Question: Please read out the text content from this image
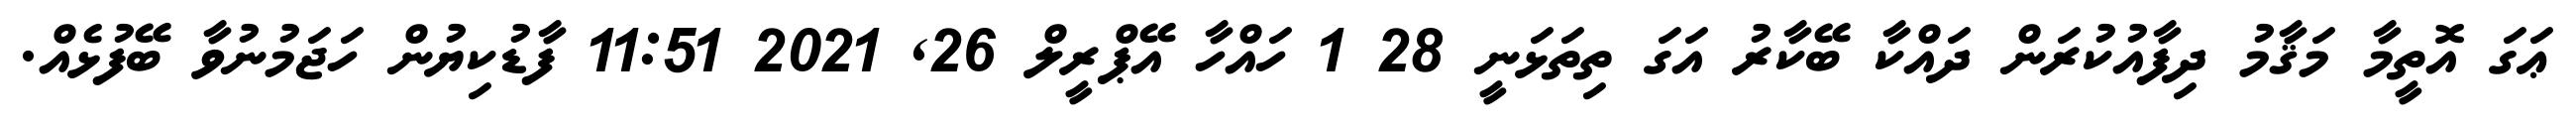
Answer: ޢަގަ އޮތީމާ މަޤާމު ދިފާއުކުރަން ދައްކާ ބޭކާރު އަގަ ތިތަޅަނީ 28 1 ހައްހާ އޭޕްރީލް 26, 2021 11:51 ފާޑުކިޔުން ހަޖަމުނުވާ ބޭފުޅެއް.